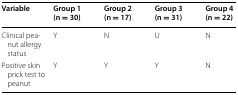
<table><thead><tr><td><b>Variable</b></td><td><b>Group 1 (n = 30)</b></td><td><b>Group 2 (n = 17)</b></td><td><b>Group 3 (n = 31)</b></td><td><b>Group 4 (n = 22)</b></td></tr></thead><tbody><tr><td>Clinical peanut allergy status</td><td>Y</td><td>N</td><td>U</td><td>N</td></tr><tr><td>Positive skin prick test to peanut</td><td>Y</td><td>Y</td><td>Y</td><td>N</td></tr></tbody></table>